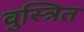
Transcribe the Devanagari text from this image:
वुस्त्रित